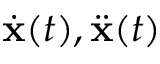
\dot { { \mathbf x } } ( t ) , \ddot { { \mathbf x } } ( t )